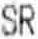
SR